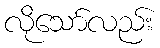
လိုသော်လည်း